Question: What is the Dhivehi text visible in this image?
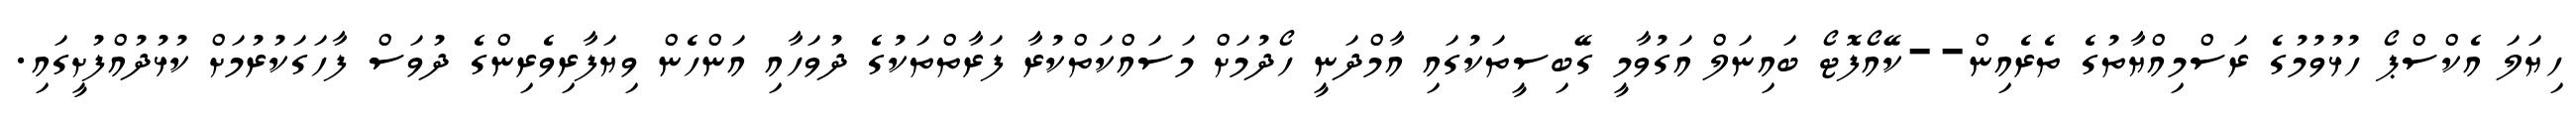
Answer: ހިޔަލަ އެކްސްޕޯ ހުޅުވުމުގެ ރަސްމިއްޔާތުގެ ތެރެއިން--ކޭއޯފޮޓޯ ބައިނަލް އަގުވާމީ ގޭބިސީތަކުގައި އާމްދަނީ ހޯދުމަށް މަސައްކަތްކުރާ ފަރާތްތަކުގެ ދުވަހާއި އަންހެން ވިޔަފާރިވެރިންގެ ދުވަސް ފާހަގަކުރުމަށް ކުޅުދުއްފުށީގައި.